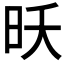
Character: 𮲝